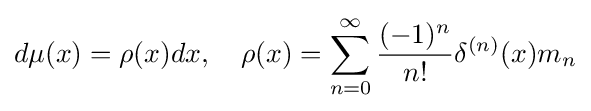
d\mu (x)=\rho (x)dx,\quad \rho (x)=\sum _{n=0}^{\infty }{\frac {(-1)^{n}}{n!}}\delta ^{(n)}(x)m_{n}